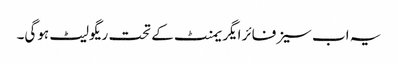
یہ اب سیزفائر ایگریمنٹ کے تحت ریگولیٹ ہوگی۔